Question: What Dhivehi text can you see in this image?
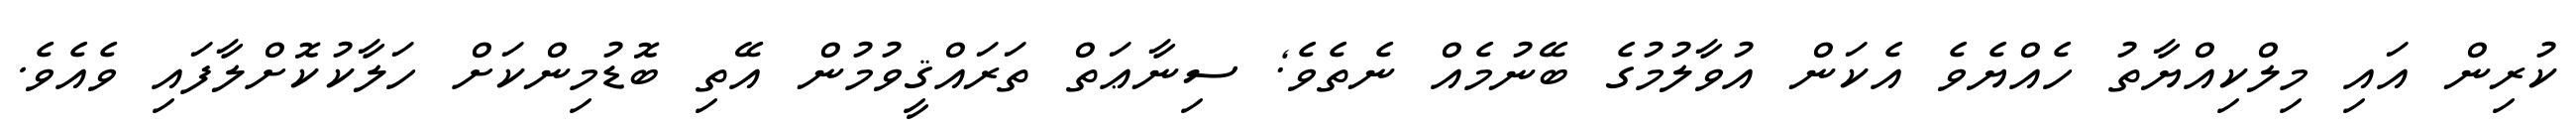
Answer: ކުރިން އައި މިލްކިއްޔާތު ހެއްޔެވެ އެކަން އުވާލުމުގެ ބޭނުމެއް ނެތެވެ; ސިނާޢަތް ތަރައްޤީވުމުން އޭތި ބޮޑުމިންކަށް ހަލާކުކޮށްލާފައި ވެއެވެ.